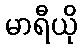
မာရီယို